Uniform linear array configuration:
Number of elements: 4
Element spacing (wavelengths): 1
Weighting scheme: cosine
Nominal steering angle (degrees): -15
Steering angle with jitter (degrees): -15.99
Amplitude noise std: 0.05
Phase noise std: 0.05

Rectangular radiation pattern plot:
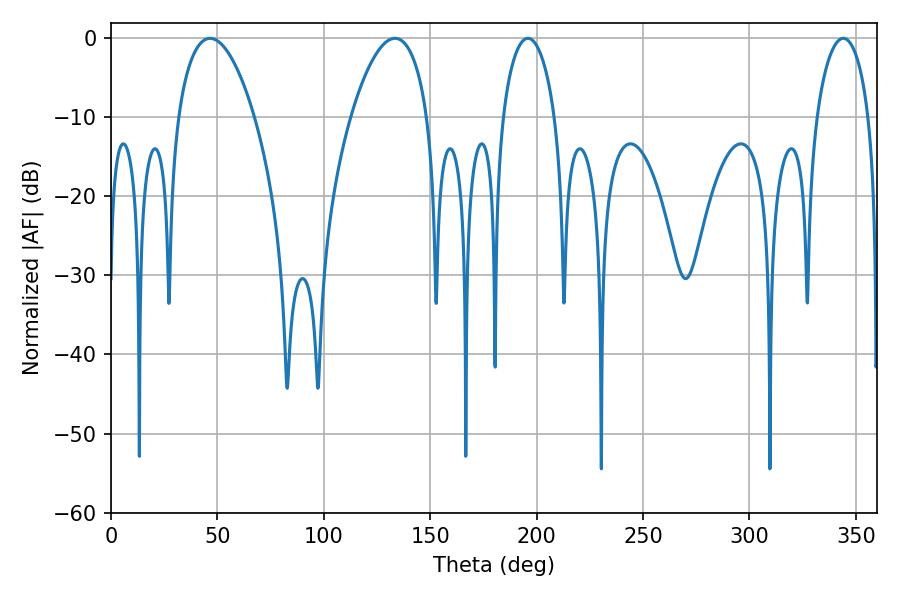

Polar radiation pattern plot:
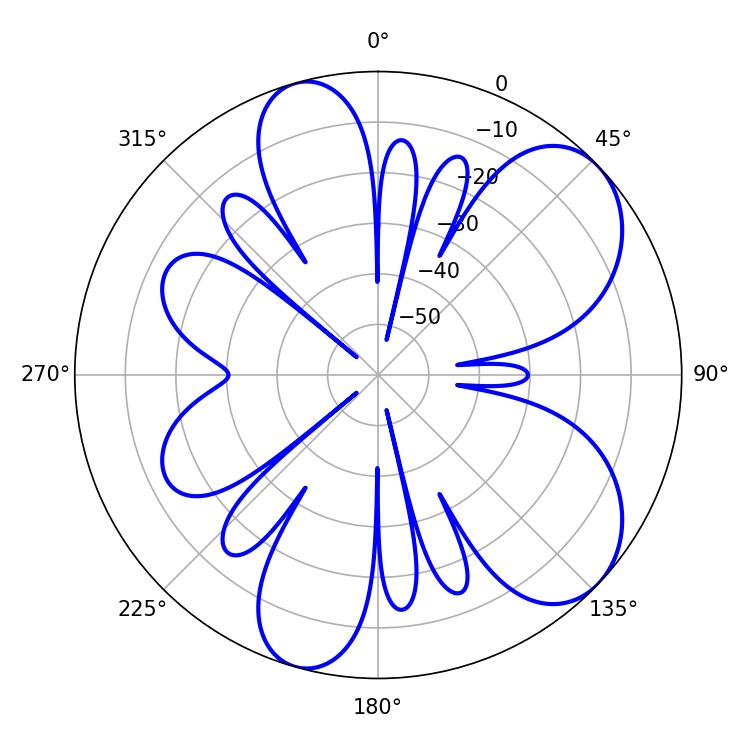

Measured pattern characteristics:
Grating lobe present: TRUE
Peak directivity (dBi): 7.234
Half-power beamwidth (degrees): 20.16
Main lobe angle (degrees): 46.62